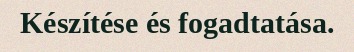
Készítése és fogadtatása.